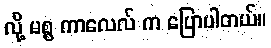
လို့ မစ္စ ကာလေလ် က ပြောပါတယ်။